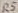
Text: R5